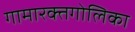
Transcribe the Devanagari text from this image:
गामारक्तगोलिका